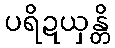
ပရိဍယှန္တိ